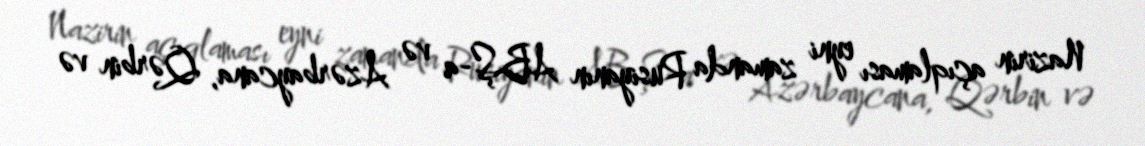
Nazirin açıqlaması eyni zamanda Rusiyanın ABŞ-a və Azərbaycana, Qərbin və